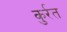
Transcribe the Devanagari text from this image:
कुर्रत